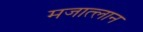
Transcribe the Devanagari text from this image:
मजात्लान